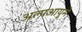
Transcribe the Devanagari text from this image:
अल्पआयुमे